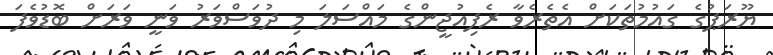
ޔޫރަޕުގެ ގައުމުތަކަށް އެތެރެވާ ރެފިއުޖީންގެ މައްސަލަ މި ދުވަސްވަރު ވަނީ ވަރަށް ބޮޑުވެފަ